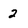
Character: 2